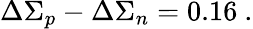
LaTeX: \Delta\Sigma_{p}-\Delta\Sigma_{n}=0.16~.